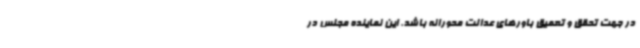
در جهت تحقق و تعمیق باورهای عدالت محورانه باشد. این نماینده مجلس در